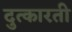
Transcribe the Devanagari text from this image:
दुत्कारती